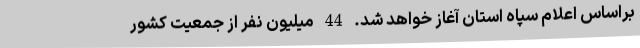
براساس اعلام سپاه استان آغاز خواهد شد. 44 میلیون نفر از جمعیت کشور